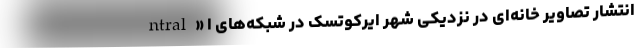
ntral» انتشار تصاویر خانه‌ای در نزدیکی شهر ایرکوتسک در شبکه‌های ا